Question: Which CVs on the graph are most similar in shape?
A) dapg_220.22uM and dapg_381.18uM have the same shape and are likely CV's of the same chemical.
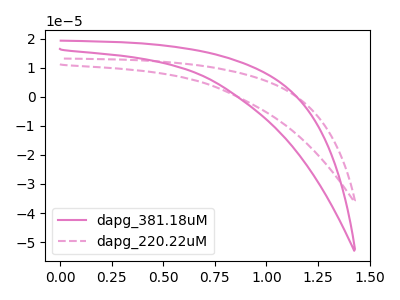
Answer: <think>The pink curve "dapg_381.18uM" has no peaks. The pink dashed curve "dapg_220.22uM" has no peaks.
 Neither "dapg_381.18uM" or "dapg_220.22uM" have any peaks.</think>
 <answer>A) "dapg_220.22uM" and "dapg_381.18uM" have the same shape and are likely CV's of the same chemical.</answer>
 <eval>A</eval>